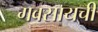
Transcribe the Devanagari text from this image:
गवसायची